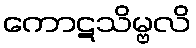
ကောဋသိမ္ဗလိ